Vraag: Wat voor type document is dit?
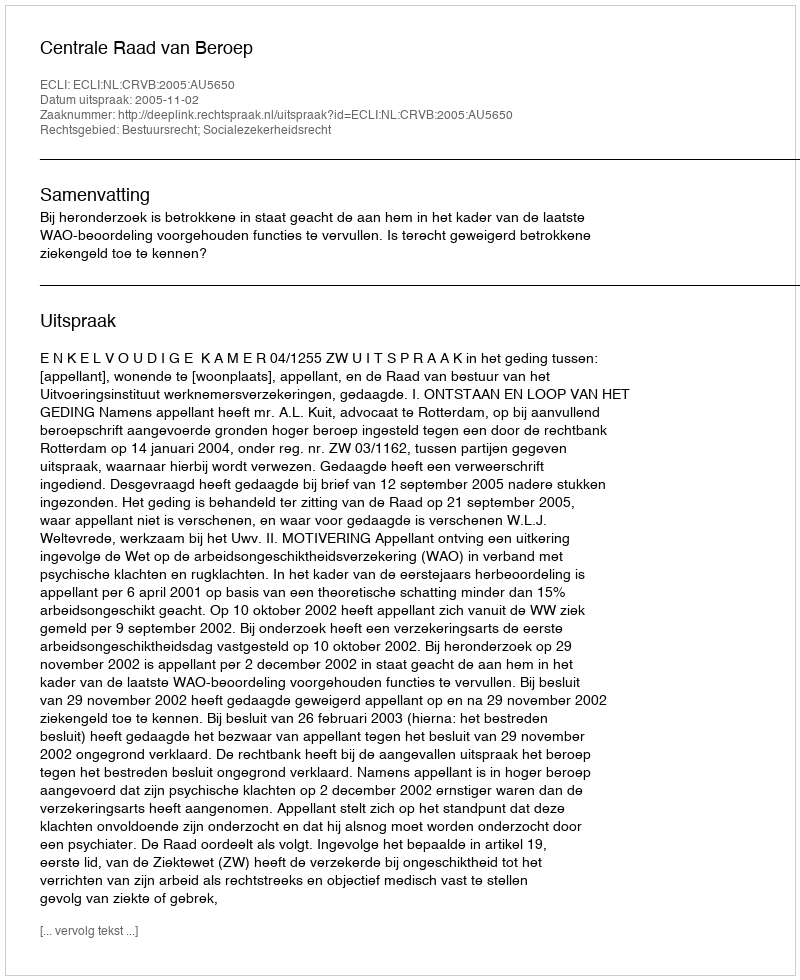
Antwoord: Uitspraak